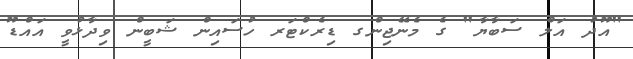
"އޫދު އަލް ސަބާޔާ" ގެ މެނޭޖިންގ ޑިރެކްޓަރ ހުސައިން ޝަބީން ވިދާޅުވީ އައްޑޫ